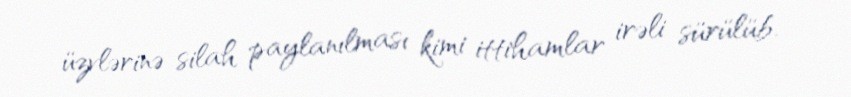
üzvlərinə silah paylanılması kimi ittihamlar irəli sürülüb.